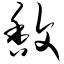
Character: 馥